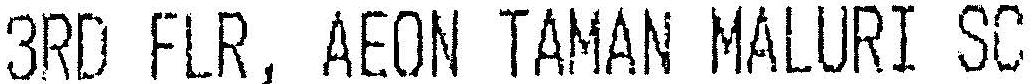
3RD FLR, AEON TAMAN MALURI SC